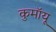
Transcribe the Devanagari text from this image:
कुमॉयू